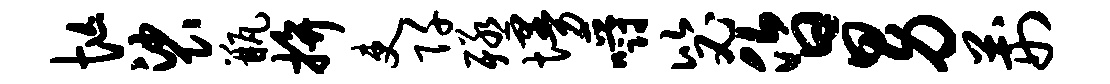
忙裟瓶拚吏阡殛墁嚼毖昏男荆